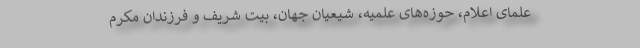
علمای اعلام، حوزه‌های علمیه، شیعیان جهان، بیت شریف و فرزندان مکرّم